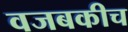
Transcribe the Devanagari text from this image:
वजबकीच